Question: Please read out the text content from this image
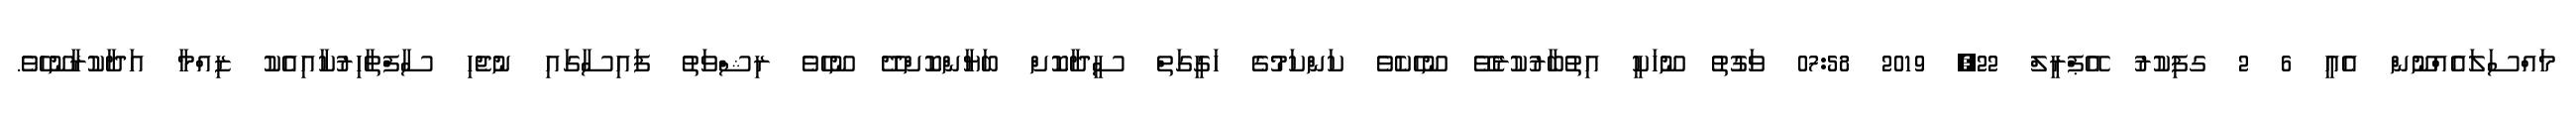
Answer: މައްސަލައެއްނޫން އެއީ 6 2 ގފިކުރު އޭޕްރީލް 22, 2019 07:58 ވަގުތު ނޫހަކީ އިތުބާރުކުރެވޭ ނޫހެކެވެ ކަންކަމުގެ ހަގީގަތް ސީދާކޮށް ބަޔާންކޮށްދޭ ނޫހެވެ ރިޝްވަތު ފައިސާގައި ނުޖެހި ސާފްތާހިރުކާއިއެކު ޒިއްމާ އަދާކުރާނޫހެވެ.